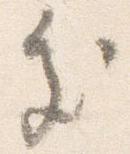
処